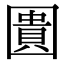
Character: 圚